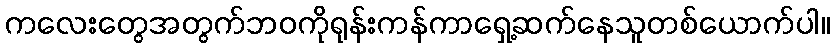
ကလေးတွေအတွက်ဘဝကိုရုန်းကန်ကာရှေ့ဆက်နေသူတစ်ယောက်ပါ။